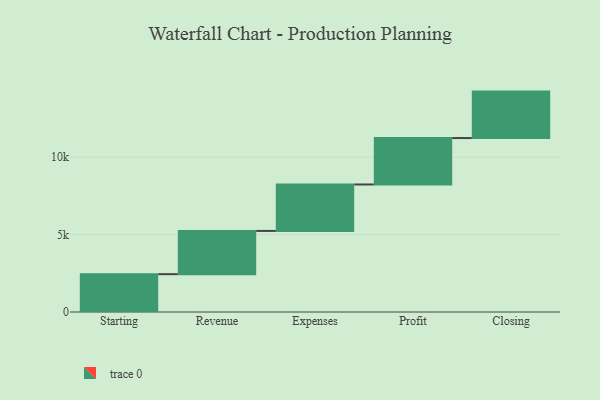
{"axis": {"x": "Step", "y": "Value"}, "legend": [""], "data": [{"x": "Starting", "y": 2444.0, "type": ""}, {"x": "Revenue", "y": 2793.0, "type": ""}, {"x": "Expenses", "y": 3000, "type": ""}, {"x": "Profit", "y": 3000, "type": ""}, {"x": "Closing", "y": 3000, "type": ""}]}